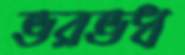
ভরভধ